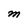
Character: M